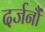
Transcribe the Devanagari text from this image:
दर्जनौं